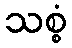
သစ္စံ